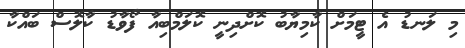
މި ލަނޑު އެ ޓީމަށް ކާމިޔާބު ކޮށްދިނީ ކޮލަމްބިއާ ފޯވާޑު ކާލޮސް ބައްކާ